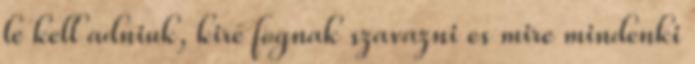
le kell adniuk, kire fognak szavazni es mire mindenki